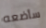
سأضعه